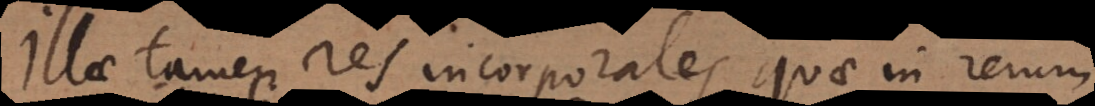
Illae tamen res incorporales, quae in rerum